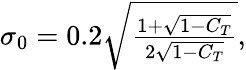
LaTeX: \begin{array}{r}{\sigma_{0}=0.2\sqrt{\frac{1+\sqrt{1-C_{T}}}{2\sqrt{1-C_{T}}}},}\end{array}